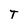
Character: T